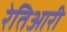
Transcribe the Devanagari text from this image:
रेतिआरी